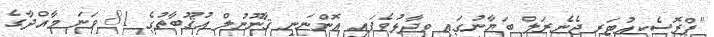
"ޕްރޮސެކިއުޓަރ ޖެނެރަލް ބަޔާނުގައި ވިދާޅުވެފައި އޮންނަނީ ޤާނޫނުލް އުޤޫބާތުގެ 81 ވަނަ މާއްދާގެ